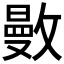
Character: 𢿜